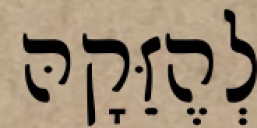
לְהֶזֵּקָהּ